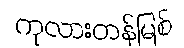
ကုလားတန်မြစ်